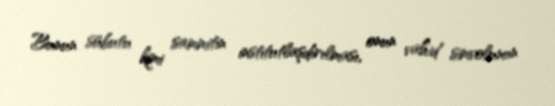
Bunun sübutu kimi sammitin institutlaşdırılması, onun vahid simvolunun